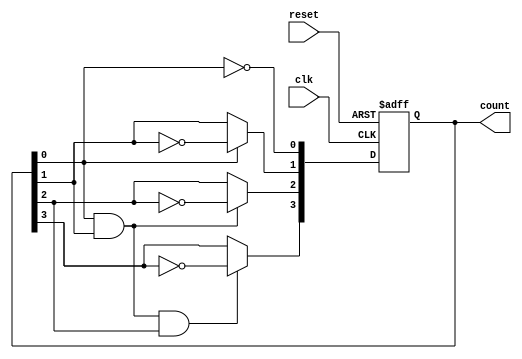
module ripple_counter (
    input wire clk,       // Clock input
    input wire reset,     // Asynchronous reset input
    output reg [3:0] count // 4-bit count output
);

// Always block for the counter logic
always @(posedge clk or posedge reset) begin
    if (reset) begin
        count <= 4'b0000; // Reset count to 0
    end else begin
        count[0] <= ~count[0]; // Toggle LSB
        count[1] <= count[0] ? ~count[1] : count[1]; // Toggle second bit on LSB falling edge
        count[2] <= (count[0] & count[1]) ? ~count[2] : count[2]; // Toggle third bit on second bit falling edge
        count[3] <= (count[0] & count[1] & count[2]) ? ~count[3] : count[3]; // Toggle MSB on third bit falling edge
    end
end

endmodule